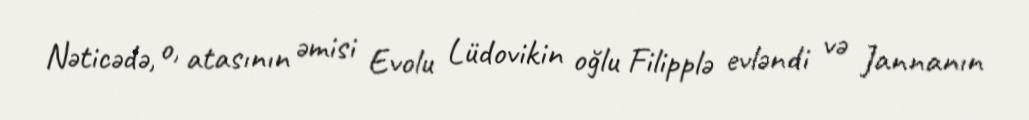
Nəticədə, o, atasının əmisi Evolu Lüdovikin oğlu Filipplə evləndi və Jannanın